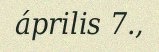
április 7.,